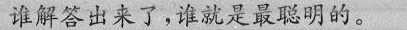
谁解答出来了，谁就是最聪明的。